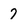
Character: 7